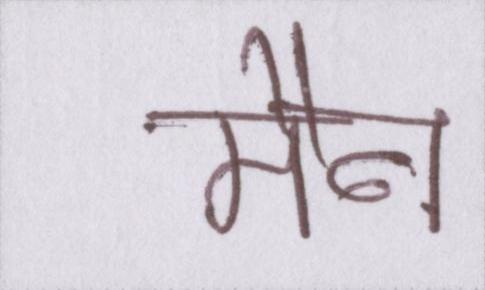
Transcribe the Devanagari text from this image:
मैन